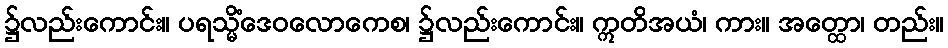
၌လည်းကောင်း။ ပရသ္မိံဒေဝလောကေစ၊ ၌လည်းကောင်း။ ဣတိအယံ၊ ကား။ အတ္ထော၊ တည်း။